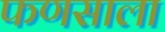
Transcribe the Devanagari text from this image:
फणसाला